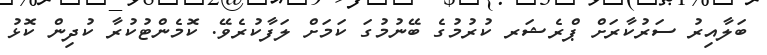
ބަލާއިރު ސަރުކާރަށް ޕްރެޝަރ ކުރުމުގެ ބޭނުމުގަ ކަމަށް ލަފާކުރެވޭ. ކޮމެންޓުކުރާ ކުދިން ކޮޅު